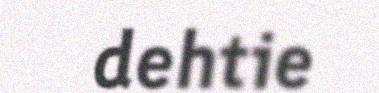
dehtie